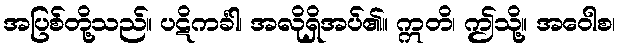
အပြစ်တို့သည်။ ပဋိကင်္ခါ၊ အလိုရှိအပ်၏။ ဣတိ၊ ဤသို့။ အဝေါစ၊